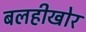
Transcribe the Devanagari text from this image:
बलहीखोर